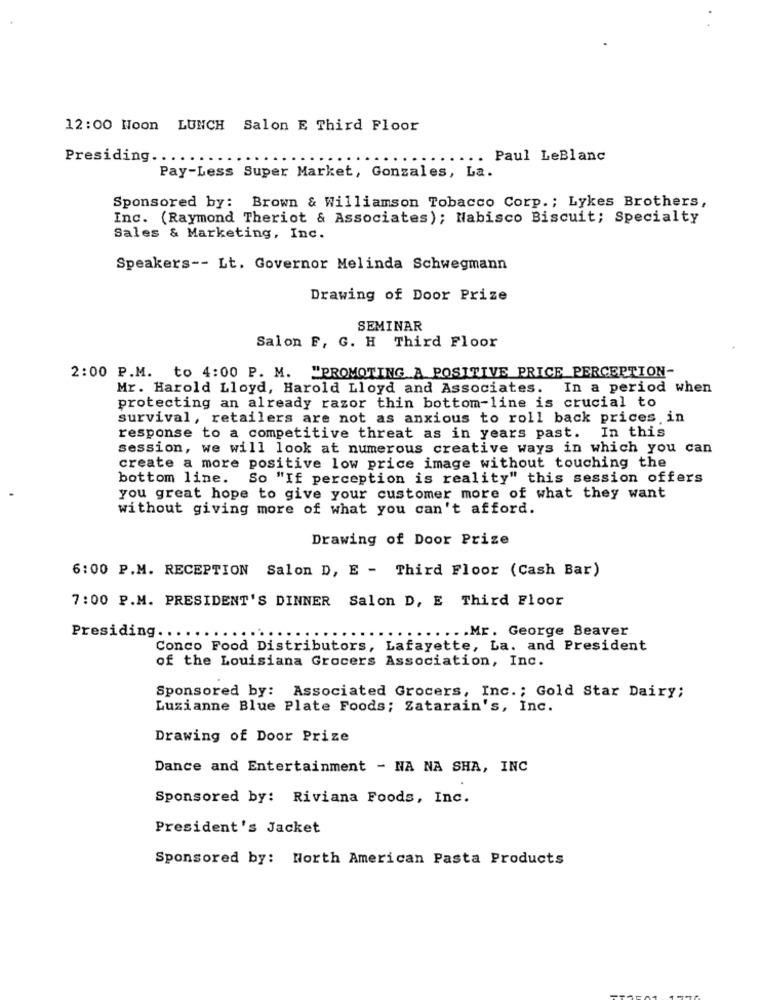
12:00 Noon LUNCH Salon E Third Floor
Presiding ..
Paul LeBlanc
Pay-Less Super Market, Gonzales, La.
Sponsored by: Brown & Williamson Tobacco Corp .; Lykes Brothers,
Inc. (Raymond Theriot & Associates); Nabisco Biscuit; Specialty
Sales & Marketing, Inc.
Speakers -- Lt. Governor Melinda Schwegmann
Drawing of Door Prize
SEMINAR
Salon F, G. H Third Floor
2:00 P.M. to 4:00 P. M. "PROMOTING A POSITIVE PRICE PERCEPTION-
Mr. Harold Lloyd, Harold Lloyd and Associates. In a period when
protecting an already razor thin bottom-line is crucial to
survival, retailers are not as anxious to roll back prices in
response to a competitive threat as in years past. In this
session, we will look at numerous creative ways in which you can
create a more positive low price image without touching the
bottom line. So "If perception is reality" this session offers
you great hope to give your customer more of what they want
without giving more of what you can't afford.
Drawing of Door Prize
6:00 P.M. RECEPTION Salon D, E - Third Floor (Cash Bar)
7:00 P.M. PRESIDENT'S DINNER Salon D, E Third Floor
Presiding ..
....... Mr. George Beaver
Conco Food Distributors, Lafayette, La. and President
of the Louisiana Grocers Association, Inc.
Sponsored by: Associated Grocers, Inc .; Gold Star Dairy;
Luzianne Blue Plate Foods; Zatarain's, Inc.
Drawing of Door Prize
Dance and Entertainment - NA NA SHA, INC
Sponsored by: Riviana Foods, Inc.
President's Jacket
Sponsored by: North American Pasta Products